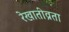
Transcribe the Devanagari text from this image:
रेखातीव्रता